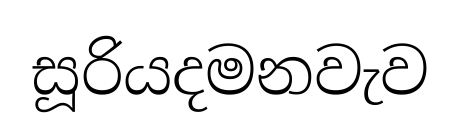
සූරියදමනවැව